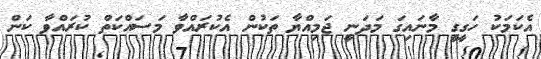
އެކަމަކު ހަގީގީ މާނައިގަ މަދަނީ ޖަމިއްޔާ ތަކުން އެކުރައްވާ މަސައްކަތް ކުރައްވާ ކަން